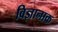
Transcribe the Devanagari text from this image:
विज्ञानाक